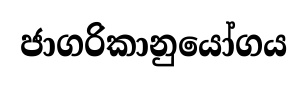
ජාගරිකානුයෝගය